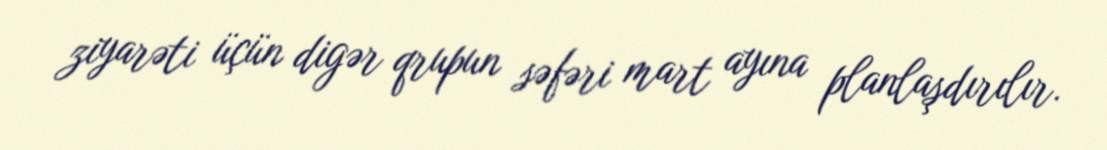
ziyarəti üçün digər qrupun səfəri mart ayına planlaşdırılır.